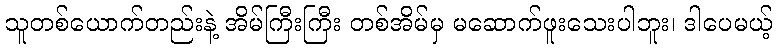
သူတစ်ယောက်တည်းနဲ့ အိမ်ကြီးကြီး တစ်အိမ်မှ မဆောက်ဖူးသေးပါဘူး၊ ဒါပေမယ့်